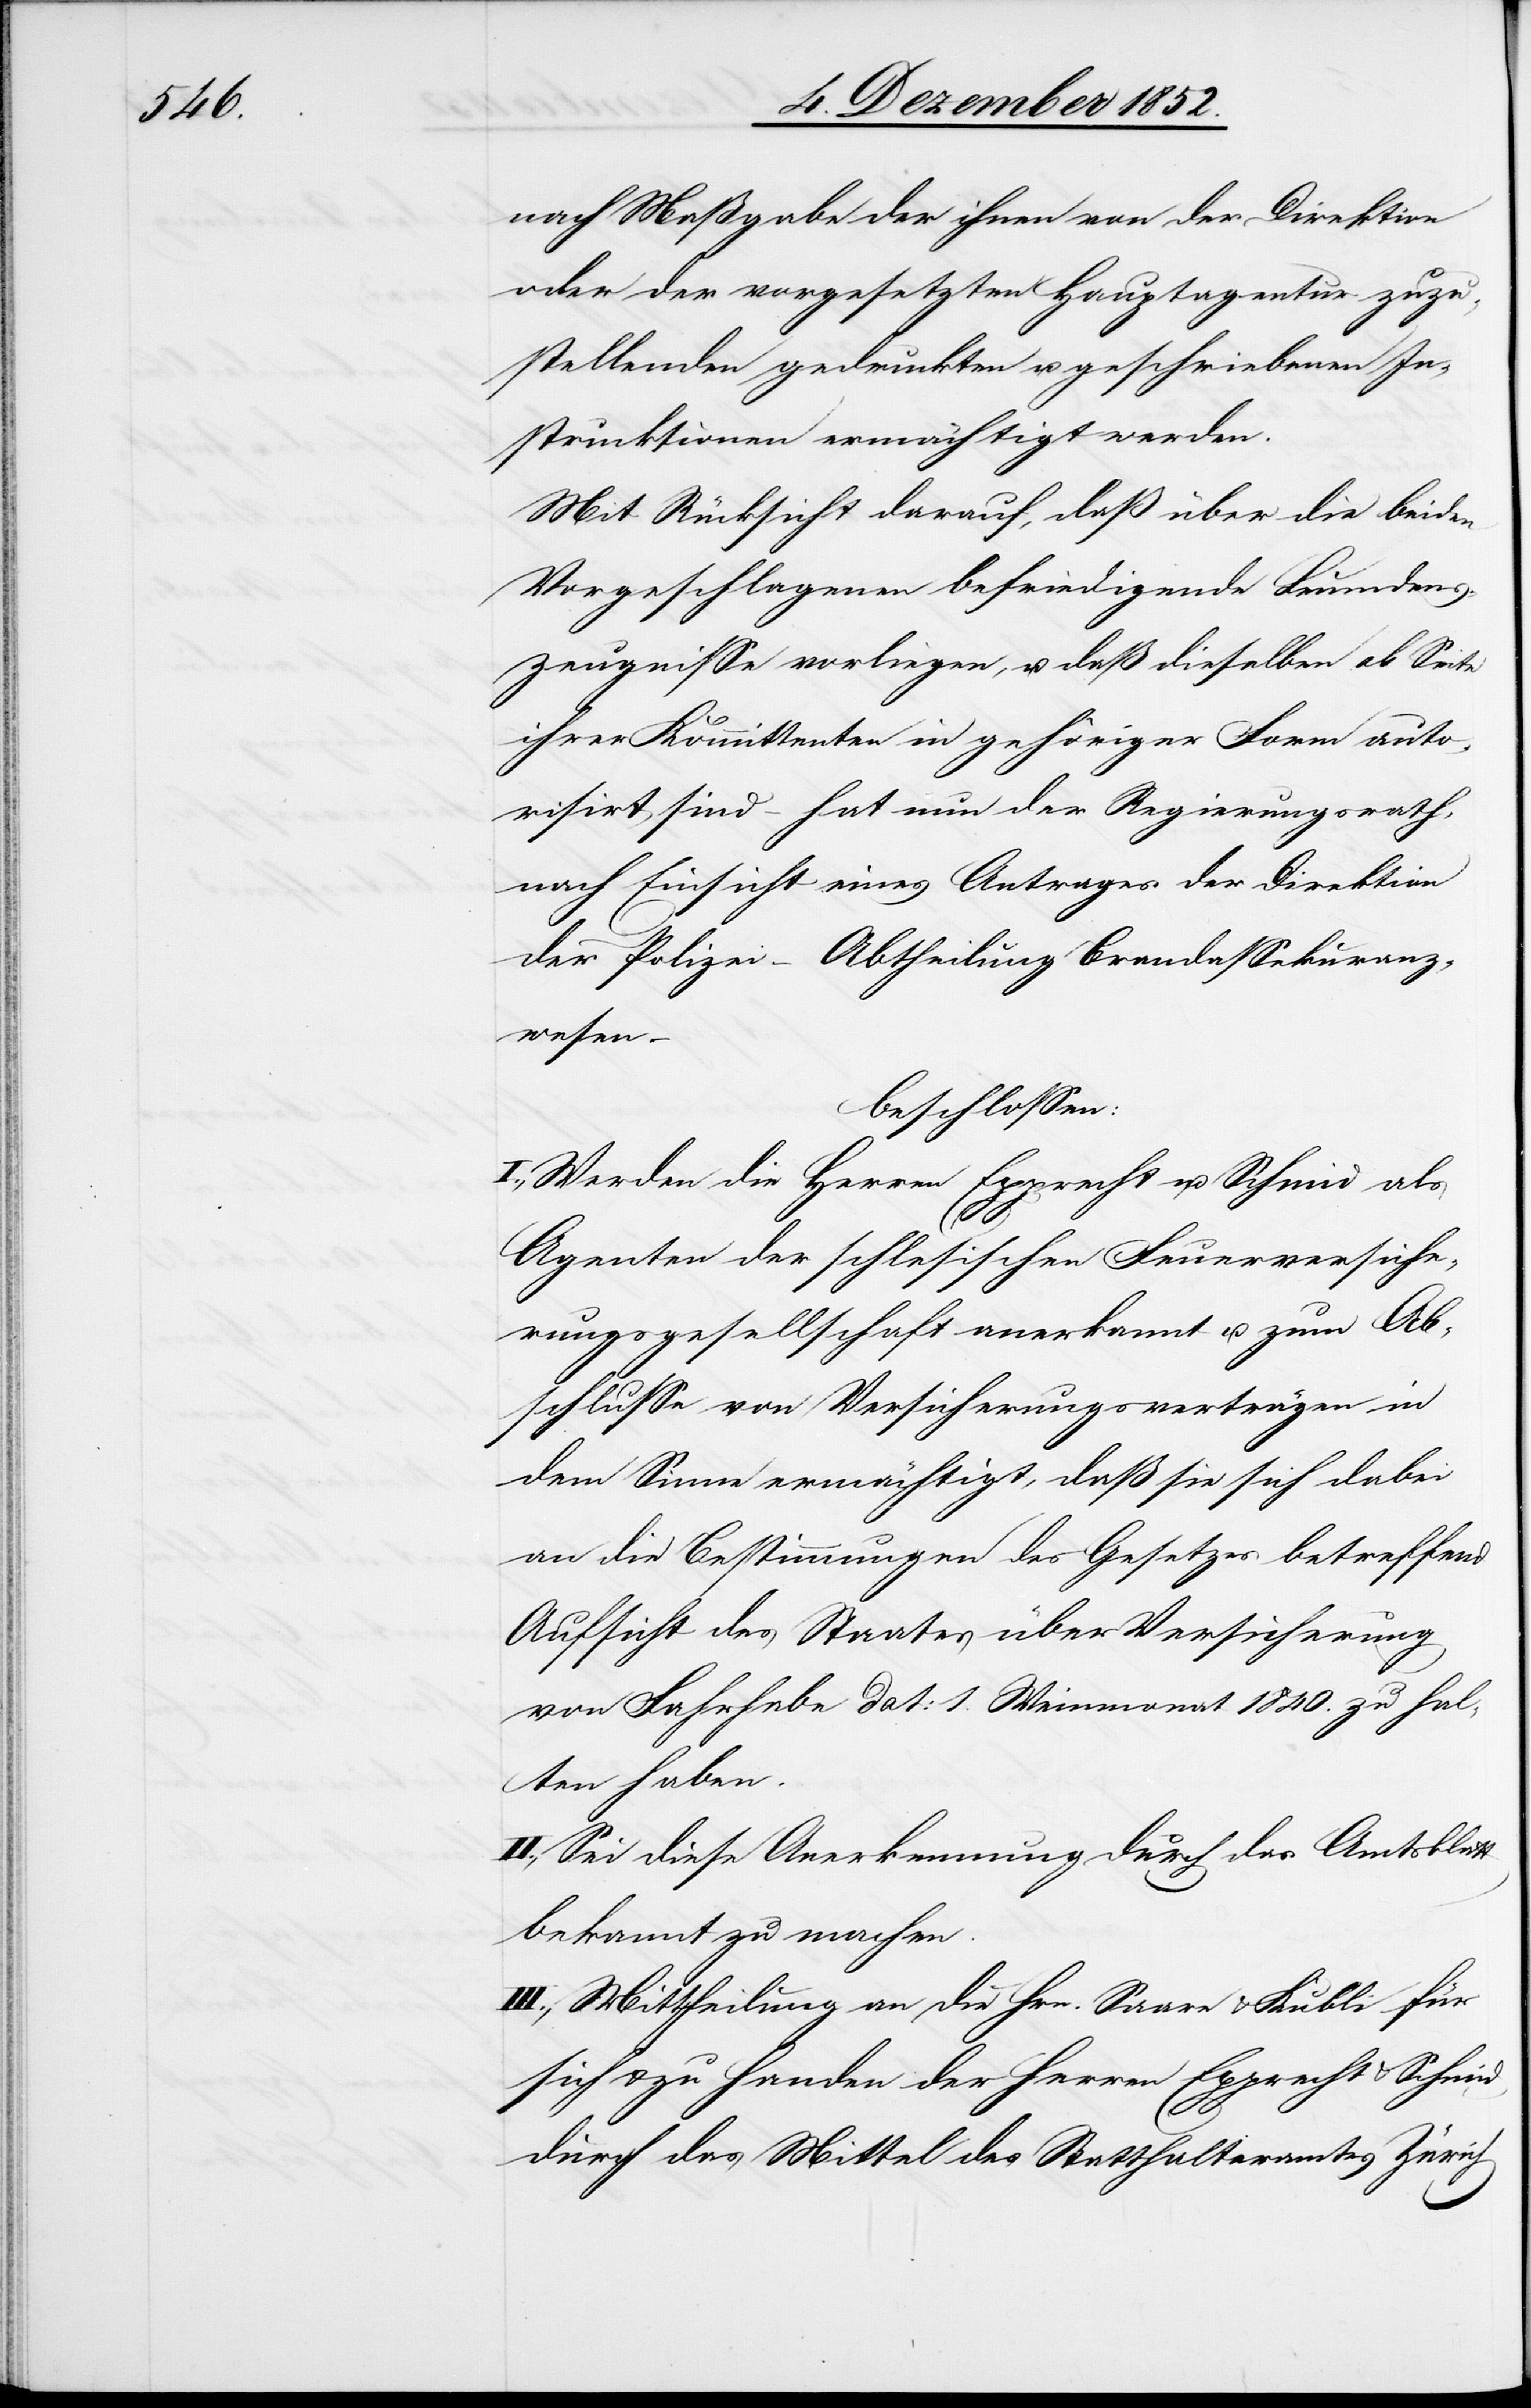
nach Maßgabe der ihnen von der Direktion
oder der vorgesetzten Hauptagentur zuzu¬
stellenden gedruckten u. geschriebenen In¬
struktionen ermächtigt werden.
Mit Rücksicht darauf, daß über die beiden
Vorgeschlagenen befriedigende Leumdens¬
zeugnisse vorliegen, u. daß dieselben ab Seite
ihrer Kommittenten in gehöriger Form auto¬
risirt sind – hat nun der Regierungsrath,
nach Einsicht eines Antrages der Direktion
der Polizei – Abtheilung Brandassekuranz¬
wesen –
beschlossen:
I., Werden die Herren Epprecht u. Schmid als
Agenten der schlesischen Feuerversiche¬
rungsgesellschaft anerkannt u. zum Ab¬
schlusse von Versicherungsverträgen in
dem Sinne ermächtigt, daß sie sich dabei
an die Bestimmungen des Gesetzes betreffend
Aufsicht des Staates über Versicherung
von Fahrhabe dat: 1. Weinmonat 1840. zu hal¬
ten haben.
II., Sei diese Anerkennung durch das Amtsblatt
bekannt zu machen.
III., Mittheilung an die Hrn. Saare & Kubli für
sich & zu Handen der Herren Epprecht & Schmid
durch das Mittel des Statthalteramtes Zürich